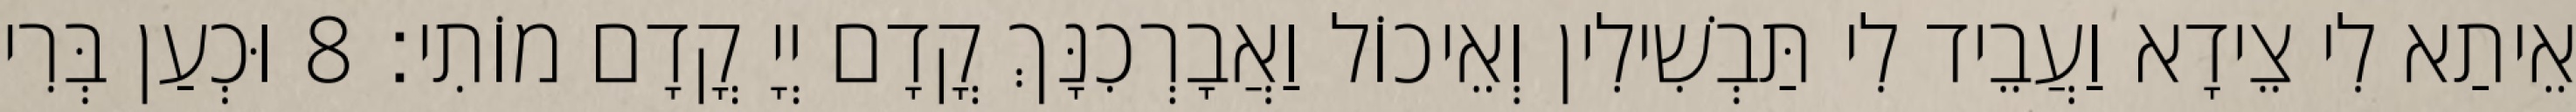
אֵיתַא לִי צֵידָא וַעֲבֵיד לִי תַּבְשִׁילִין וְאֵיכוֹל וַאֲבָרְכִנָּךְ קֳדָם יְיָ קֳדָם מוֹתִי׃ 8 וּכְעַן בְּרִי